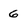
Character: 6